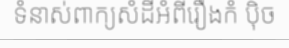
ទំនាស់ពាក្យសំដីអំពីរឿងកំ ប៉ិច